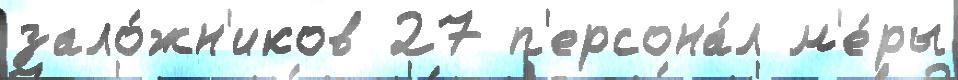
зало́жн'иков 27 п'ерсона́л м'е́ры